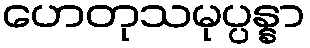
ဟေတုသမုပ္ပန္နာ